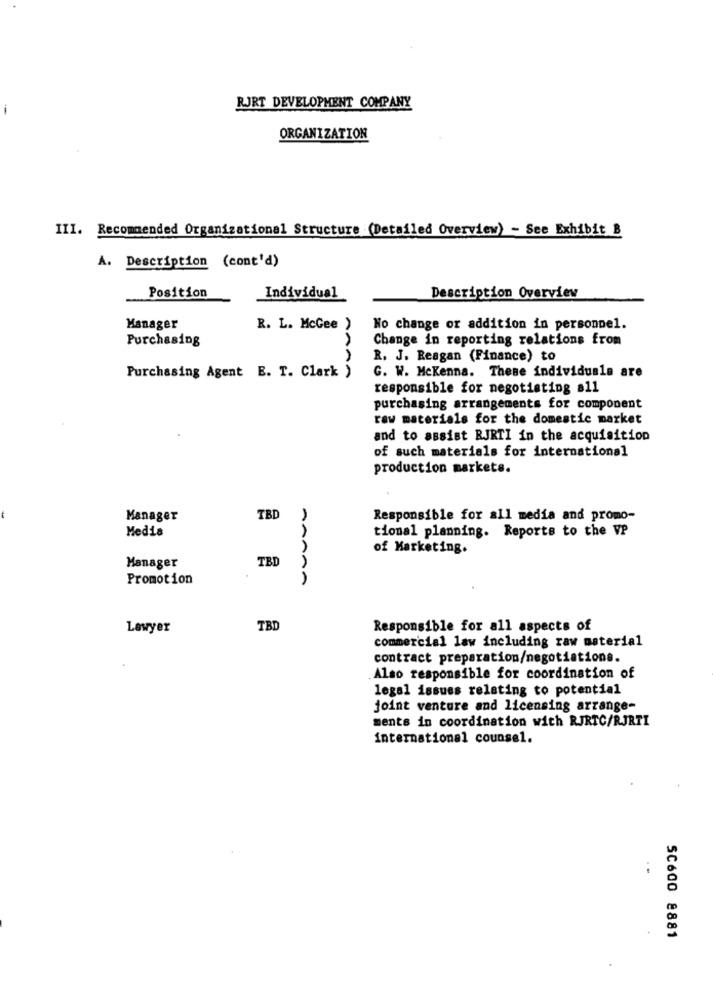
RJRT DEVELOPMENT COMPANY
ORGANIZATION
III. Recommended Organizational Structure (Detailed Overview) - See Exhibit B
A. Description (cont'd)
Position
Description Overview
Individual
Manager
R. L. McGee )
No change or addition in personnel.
Purchasing
Change in reporting relations from
R. J. Reagan (Finance) to
G. W. McKenna. These individuals are
Purchasing Agent E. T. Clark )
responsible for negotiating a11
purchasing arrangements for component
raw materials for the domestic market
and to assist RJRTI in the acquisition
of such materials for international
production markets.
-
Manager
TBD
Responsible for all media and promo-
Medis
tional planning. Reports to the VP
of Marketing.
Manager
TBD
Promotion
GAAAA
Lawyer
TBD
Responsible for all aspects of
commercial law including raw material
contract preparation/negotiations.
Also responsible for coordination of
legal issues relating to potential
joint venture and licensing arrange-
ments in coordination with RJRTC/RJRTI
international counsel.
SC600 8881